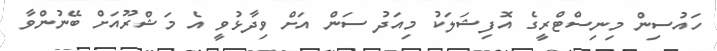
ހައުސިން މިނިސްޓްރީގެ އޮފިޝަލަކު މިއަދު ސަން އަށް ވިދާޅުވީ އެ މަޝްރޫއަށް ބޭނުންވާ